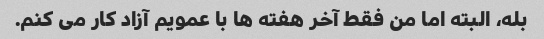
بله، البته اما من فقط آخر هفته ها با عمویم آزاد کار می کنم.